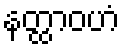
နတ္ထာဝဟံ